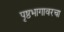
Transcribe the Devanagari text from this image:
पृष्ठभागावरचा